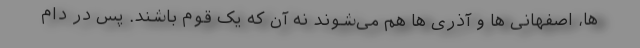
ها، اصفهانی ها و آذری ها هم می‌شوند نه آن که یک قوم باشند. پس در دام